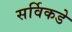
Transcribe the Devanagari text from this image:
सर्विकडे